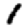
Digit: 1